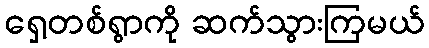
ရှေ့တစ်ရွာကို ဆက်သွားကြမယ်